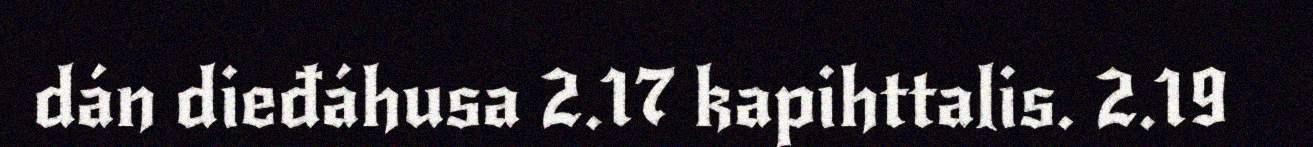
dán dieđáhusa 2.17 kapihttalis. 2.19